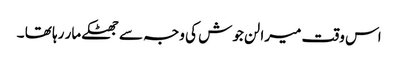
اس وقت میرا لن جوش کی وجہ سے جھٹکے مار رہا تھا ۔